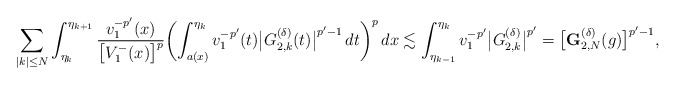
\begin{align*}\sum_{|k|\le N}\int_{\eta_{k}}^{\eta_{k+1}} \frac{v_1^{-p'}(x)}{\bigl[V_1^-(x)\bigr]^{p}} \biggl(\int_{a(x)}^{\eta_{k}}v_1^{-p'}(t)\bigl|G^{(\delta)}_{2,k}(t)\bigr|^{p'-1}\,dt\biggr)^p\,dx\lesssim\int_{\eta_{k-1}}^{\eta_k}v_1^{-p'}\bigl|G_{2,k}^{(\delta)}\bigr|^{p'}=\bigl[\mathbf{G}^{(\delta)}_{2,N}(g)\bigr]^{p'-1},\end{align*}